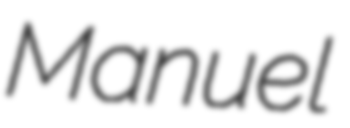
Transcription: Manuel